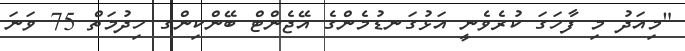
"މިއަދު މި ފާހަގަ ކުރެވެނީ އަޅުގަނޑުމެންގެ އޭޖެންޓް ބޭންކިންގ ހިދުމަތް 75 ވަނަ